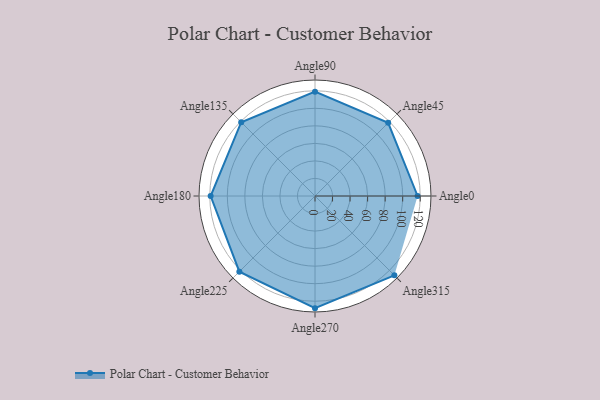
{"axis": {"x": "Angle", "y": "Radius"}, "legend": [""], "data": [{"x": "Angle0", "y": 117.0, "type": ""}, {"x": "Angle45", "y": 118.0, "type": ""}, {"x": "Angle90", "y": 119.0, "type": ""}, {"x": "Angle135", "y": 119.0, "type": ""}, {"x": "Angle180", "y": 119.0, "type": ""}, {"x": "Angle225", "y": 122.0, "type": ""}, {"x": "Angle270", "y": 128.0, "type": ""}, {"x": "Angle315", "y": 128.0, "type": ""}]}